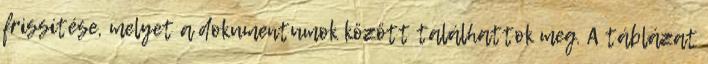
frissítése, melyet a dokumentumok között találhattok meg. A táblázat